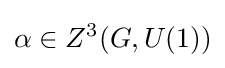
\alpha \in Z^{3}(G,U(1))